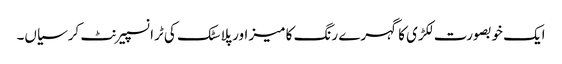
ایک خوبصورت لکڑی کا گہرے رنگ کا میز اور پلاسٹک کی ٹرانسپیرنٹ کرسیاں۔